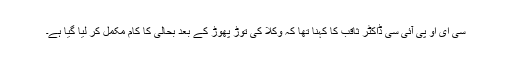
سی ای او پی آئی سی ڈاکٹر ثاقب کا کہنا تھا کہ وکلا کی توڑ پھوڑ کے بعد بحالی کا کام مکمل کر لیا گیا ہے۔